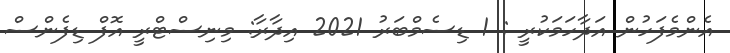
އެންމެފަހުން އަދާހަމަކުރީ : 1 ޑިސެމްބަރު 2021 އިދާރާ: މިނިސްޓްރީ އޮފް ޑިފެންސް